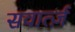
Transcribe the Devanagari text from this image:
सवार्त्ज़